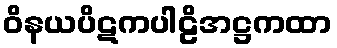
ဝိနယပိဋကပါဠိအဋ္ဌကထာ